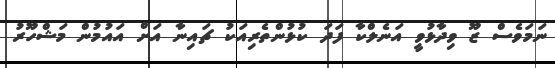
ނަމަވެސް ޒޫ ވިދާޅުވީ އަނެލްކާ ފަދަ ކުޅުންތެރިއަކު ޗައިނާ އަށް އައުމުން މަޝްހޫރު